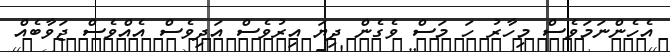
އެހެންނަމަވެސް މިހާރު ހަ މަސް ވެގެން ދިޔަ އިރުވެސް އަދިވެސް އެއްވެސް ޖަވާބެއް